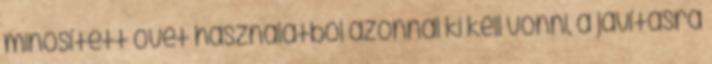
minõsített övet használatból azonnal ki kell vonni, a javításra